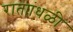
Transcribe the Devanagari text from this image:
राताांधळी